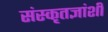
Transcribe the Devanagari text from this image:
संस्कृतज्ञांशी